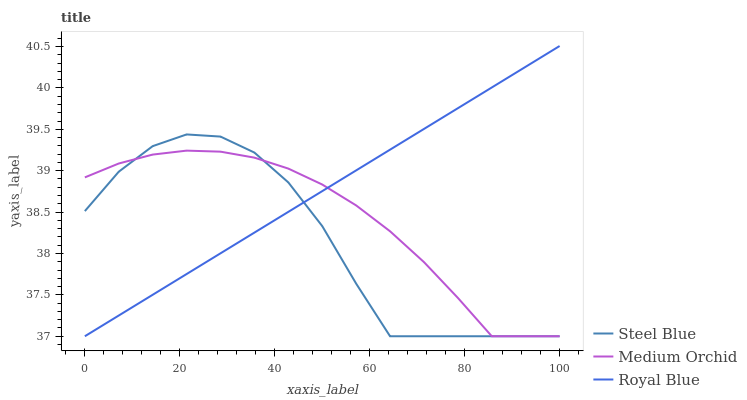
| xaxis_label | Steel Blue | Medium Orchid | Royal Blue |
 | --- | --- | --- | --- |
 | 0 | 38.5 | 38.9 | 37 |
 | 7.14 | 39 | 39.1 | 37.3 |
 | 14.3 | 39.3 | 39.2 | 37.5 |
 | 21.4 | 39.4 | 39.2 | 37.8 |
 | 28.6 | 39.4 | 39.2 | 38 |
 | 35.7 | 39.2 | 39.2 | 38.3 |
 | 42.9 | 38.9 | 39 | 38.5 |
 | 50 | 38.3 | 38.8 | 38.8 |
 | 57.1 | 37.6 | 38.6 | 39 |
 | 64.3 | 37 | 38.3 | 39.3 |
 | 71.4 | 37 | 37.9 | 39.5 |
 | 78.6 | 37 | 37.5 | 39.8 |
 | 85.7 | 37 | 37 | 40 |
 | 92.9 | 37 | 37 | 40.3 |
 | 100 | 37 | 37 | 40.5 |